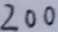
2 0 0